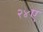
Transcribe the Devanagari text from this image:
२४ए